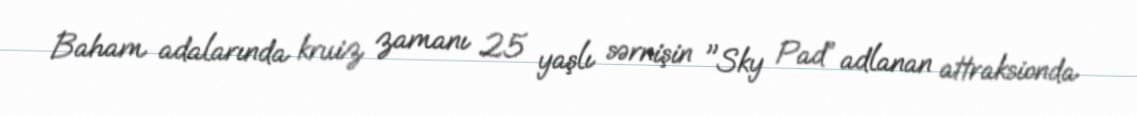
Baham adalarında kruiz zamanı 25 yaşlı sərnişin "Sky Pad” adlanan attraksionda